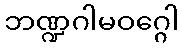
ဘဏ္ဍဂါမဝဂ္ဂေါ